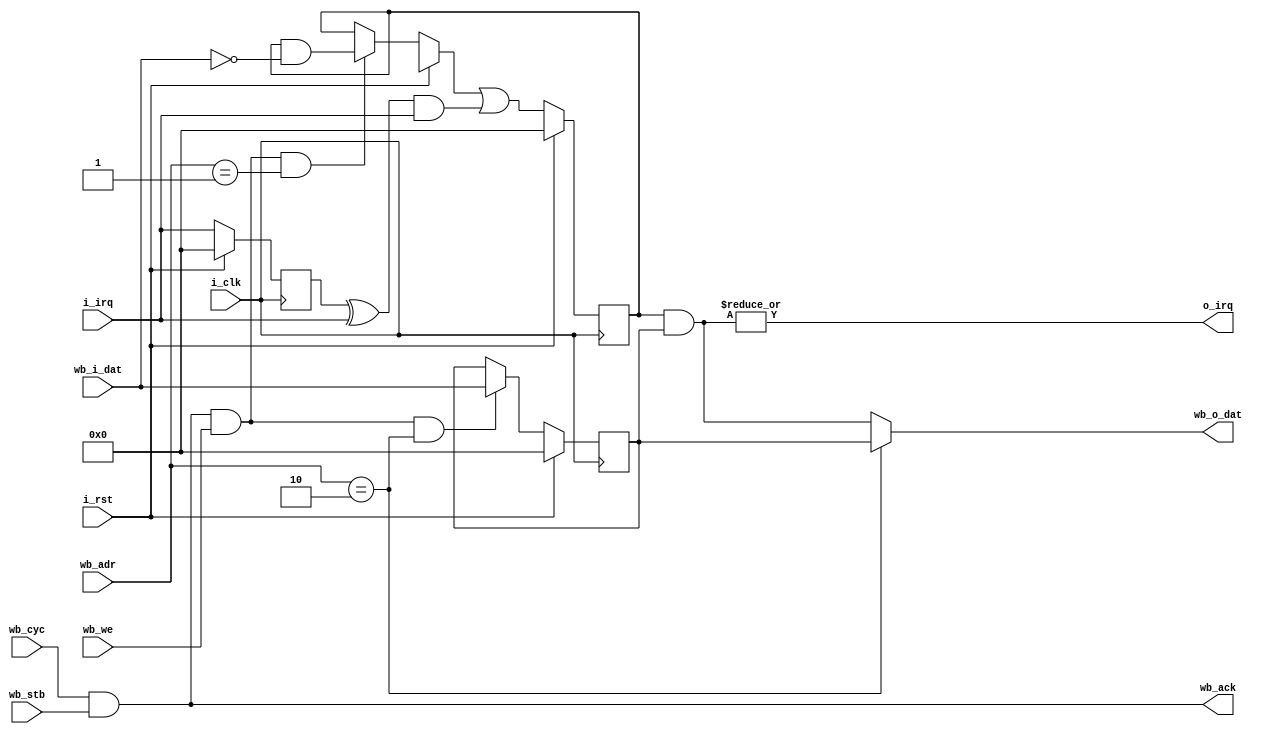
module irq_ctrl (
    input i_clk,
    input i_rst,

    output o_irq,

    input [15:0] i_irq,

    input wb_cyc, wb_stb, wb_we,
    output wb_ack,
    input [23:0] wb_adr,
    input [15:0] wb_i_dat,
    output [15:0] wb_o_dat
);

assign o_irq = |(irq_active & irq_mask);

reg [15:0] irq_active;
reg [15:0] irq_mask;

always @(posedge i_clk) begin
    if (i_rst) begin
        irq_active = 16'b0;
        irq_mask = 16'h0000;
    end else begin
        if (wb_cyc & wb_stb & wb_we & wb_adr == 24'b1)
            irq_active = irq_active & ~wb_i_dat;
        if (wb_cyc & wb_stb & wb_we & wb_adr == 24'b10)
            irq_mask = wb_i_dat;
        
        irq_active = irq_active | ((prev_i_irq ^ i_irq) & i_irq);
    end
end

reg [15:0] prev_i_irq;
always @(posedge i_clk) begin
    if (i_rst)
        prev_i_irq <= 16'b0;
    else
        prev_i_irq <= i_irq;
end

assign wb_ack = wb_cyc & wb_stb;
assign wb_o_dat = (wb_adr == 24'b10 ? irq_mask : irq_active & irq_mask); 

endmodule